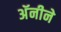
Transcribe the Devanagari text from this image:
अॅनीने